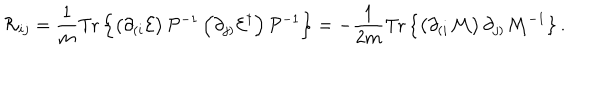
{ \cal R } _ { i j } = \frac { 1 } { m } \mathrm { T r } \left\{ \left( \partial _ { ( i } { \cal E } \right) { \cal P } ^ { - 1 } \left( \partial _ { j ) } { \cal E } ^ { \dagger } \right) { \cal P } ^ { - 1 } \right\} = - \frac { 1 } { 2 m } \mathrm { T r } \left\{ \left( \partial _ { ( i } { \cal M } \right) \partial _ { j ) } { \cal M } ^ { - 1 } \right\} .